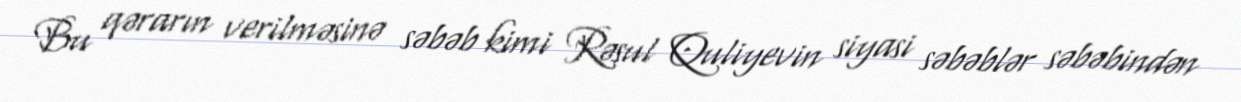
Bu qərarın verilməsinə səbəb kimi Rəsul Quliyevin siyasi səbəblər səbəbindən